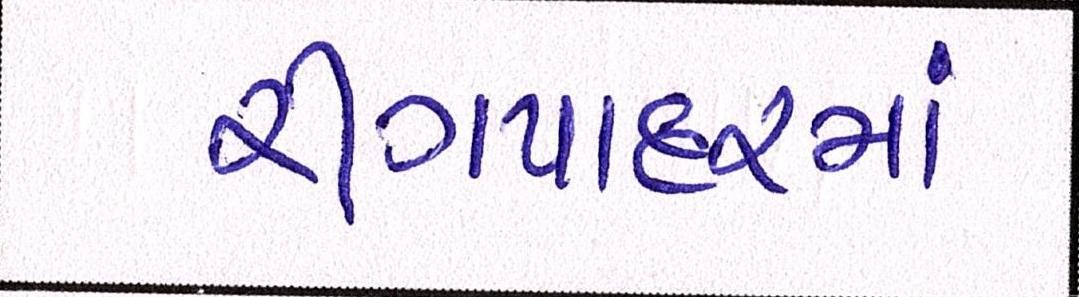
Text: રીંગપાદરમાં